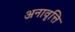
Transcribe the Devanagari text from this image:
अनावृत्ति